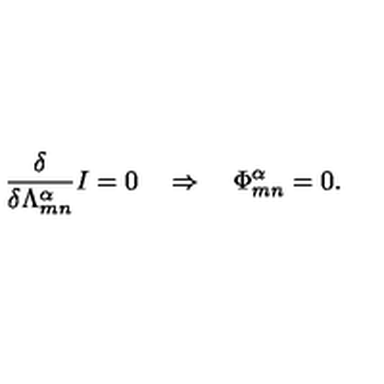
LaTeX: \frac { \delta } { \delta \Lambda _ { m n } ^ { \alpha } } I = 0 \quad \Rightarrow \quad { \Phi } _ { m n } ^ { \alpha } = 0 .